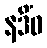
နဒိံဝ